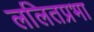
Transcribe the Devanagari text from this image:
ललितप्रभा